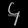
Digit: ၄